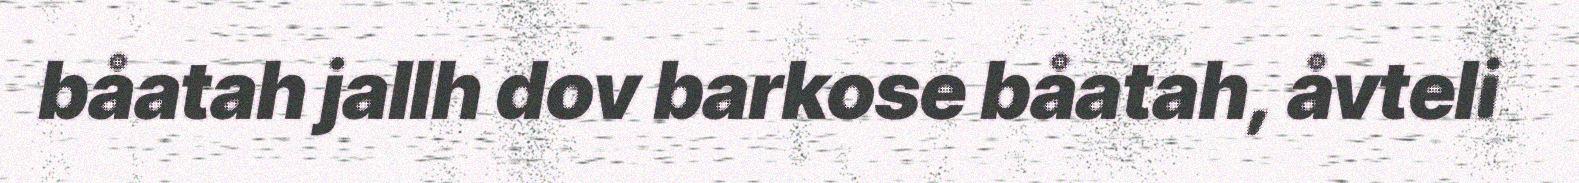
båatah jallh dov barkose båatah, åvteli